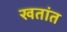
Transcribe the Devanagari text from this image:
खतांत